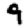
Digit: 9